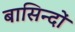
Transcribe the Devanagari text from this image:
बासिन्दों